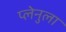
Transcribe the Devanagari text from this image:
प्लेनुला